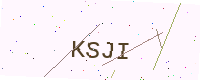
Text: KSJI